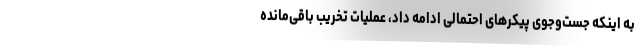
به اینکه جست‌وجوی پیکرهای احتمالی ادامه داد، عملیات تخریب باقی‌مانده